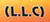
(l.l.c)